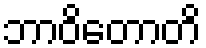
ဘာဝိတောတိ